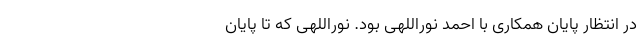
در انتظار پایان همکاری با احمد نوراللهی بود. نوراللهی که تا پایان